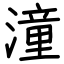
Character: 潼